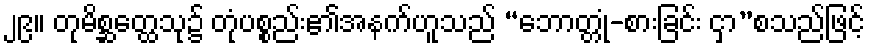
၂၉။ တုမိစ္ဆတ္ထေသု၌ တုံပစ္စည်း၏အနက်ဟူသည် “ဘောတ္တုံ-စားခြင်း ငှာ”စသည်ဖြင့်